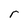
Character: r